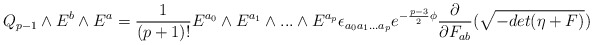
\begin{align*}Q_{p-1} \wedge E^b \wedge E^a = {1 \over (p+1)!} E^{a_0} \wedge E^{a_1} \wedge ... \wedge E^{a_p} \epsilon_{a_0 a_1 ... a_p} e^{-{p-3 \over 2} \phi } {\partial \over \partial F_{ab}} (\sqrt{- det (\eta + F)})\end{align*}